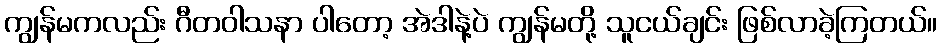
ကျွန်မကလည်း ဂီတဝါသနာ ပါတော့ အဲဒါနဲ့ပဲ ကျွန်မတို့ သူငယ်ချင်း ဖြစ်လာခဲ့ကြတယ်။